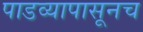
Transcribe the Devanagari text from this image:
पाडव्यापासूनच